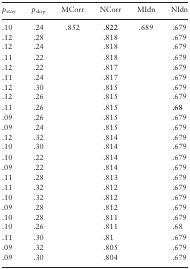
<table><thead><tr><td><b><i>p</i><sub>stay</sub></b></td><td><b><i>p</i><sub>skip</sub></b></td><td><b>MCorr</b></td><td><b>NCorr</b></td><td><b>MIdn</b></td><td><b>NIdn</b></td></tr></thead><tbody><tr><td>.10</td><td>.24</td><td>.852</td><td><b>.822</b></td><td>.689</td><td>.679</td></tr><tr><td>.12</td><td>.28</td><td></td><td>.818</td><td></td><td>.679</td></tr><tr><td>.12</td><td>.24</td><td></td><td>.818</td><td></td><td>.679</td></tr><tr><td>.11</td><td>.22</td><td></td><td>.818</td><td></td><td>.679</td></tr><tr><td>.12</td><td>.22</td><td></td><td>.817</td><td></td><td>.679</td></tr><tr><td>.11</td><td>.24</td><td></td><td>.817</td><td></td><td>.679</td></tr><tr><td>.12</td><td>.30</td><td></td><td>.815</td><td></td><td>.679</td></tr><tr><td>.12</td><td>.26</td><td></td><td>.815</td><td></td><td>.679</td></tr><tr><td>.11</td><td>.26</td><td></td><td>.815</td><td></td><td><b>.68</b></td></tr><tr><td>.09</td><td>.26</td><td></td><td>.815</td><td></td><td>.679</td></tr><tr><td>.09</td><td>.24</td><td></td><td>.815</td><td></td><td>.679</td></tr><tr><td>.12</td><td>.32</td><td></td><td>.814</td><td></td><td>.679</td></tr><tr><td>.10</td><td>.30</td><td></td><td>.814</td><td></td><td>.679</td></tr><tr><td>.10</td><td>.22</td><td></td><td>.814</td><td></td><td>.679</td></tr><tr><td>.09</td><td>.22</td><td></td><td>.814</td><td></td><td>.679</td></tr><tr><td>.11</td><td>.28</td><td></td><td>.813</td><td></td><td>.679</td></tr><tr><td>.11</td><td>.32</td><td></td><td>.812</td><td></td><td>.679</td></tr><tr><td>.10</td><td>.32</td><td></td><td>.812</td><td></td><td>.679</td></tr><tr><td>.09</td><td>.28</td><td></td><td>.812</td><td></td><td>.679</td></tr><tr><td>.10</td><td>.28</td><td></td><td>.811</td><td></td><td>.679</td></tr><tr><td>.10</td><td>.26</td><td></td><td>.811</td><td></td><td>.68</td></tr><tr><td>.11</td><td>.30</td><td></td><td>.81</td><td></td><td>.679</td></tr><tr><td>.09</td><td>.32</td><td></td><td>.805</td><td></td><td>.679</td></tr><tr><td>.09</td><td>.30</td><td></td><td>.804</td><td></td><td>.679</td></tr></tbody></table>